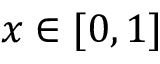
x \in [ 0 , 1 ]